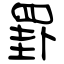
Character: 罫